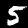
Label: 5